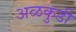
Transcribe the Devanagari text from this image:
अळकुडी